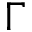
\Gamma